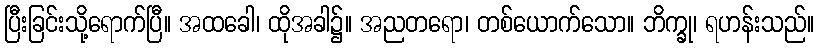
ပြီးခြင်းသို့ရောက်ပြီ။ အထခေါ၊ ထိုအခါ၌။ အညတရော၊ တစ်ယောက်သော။ ဘိက္ခု၊ ရဟန်းသည်။